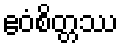
ဧဝံစိတ္တဿ